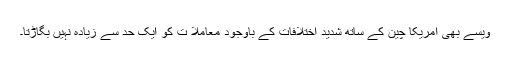
ویسے بھی امریکا چین کے ساتھ شدید اختلافات کے باوجود معاملا ت کو ایک حد سے زیادہ نہیں بگاڑتا۔